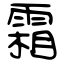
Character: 霜